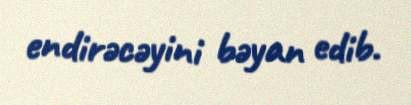
endirəcəyini bəyan edib.